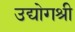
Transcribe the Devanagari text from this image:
उद्योगश्री